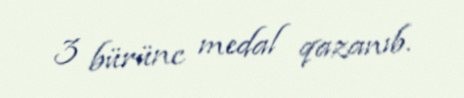
3 bürünc medal qazanıb.